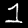
Digit: 1